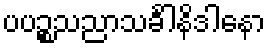
ပပဉ္စသညာသင်္ခါနိဒါနော